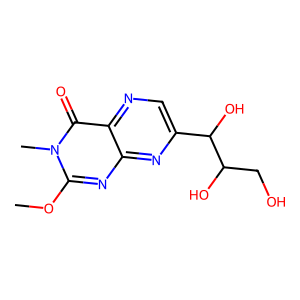
SMILES: COc1nc2nc(C(O)C(O)CO)cnc2c(=O)n1C
Inhibits HIV replication: No